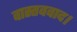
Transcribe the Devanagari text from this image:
वास्तववाद।